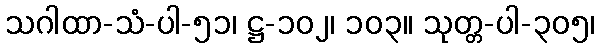
သဂါထာ-သံ-ပါ-၅၁၊ ဋ္ဌ-၁၀၂၊ ၁၀၃။ သုတ္တ-ပါ-၃၀၅၊